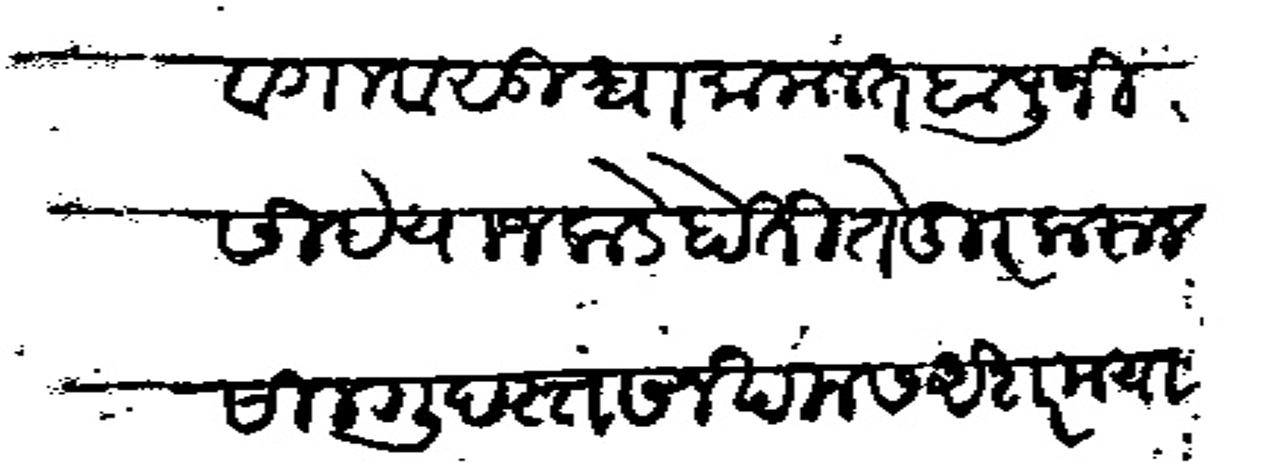
Transliteration (Devanagari): व गावसुधा मामलत बापुजी सिदे याजकडे होती ते दूर करून साल गुदस्त सन खमस अशरमया